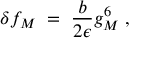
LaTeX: \delta f _ { M } \; = \; { \frac { b } { 2 \epsilon } } g _ { M } ^ { 6 } \; ,